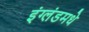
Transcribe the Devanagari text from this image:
इंग्लंडमधे